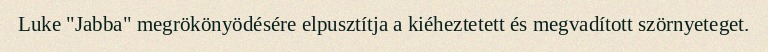
Luke "Jabba" megrökönyödésére elpusztítja a kiéheztetett és megvadított szörnyeteget.